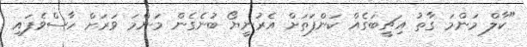
"ކާލް މަންމަ ގާތު އިޗީބަގެއް ކަންފަތަށް އެރުނީޔޯ ބުނެގެން މަންމަ ވަރަށް ހާސްވެފައި